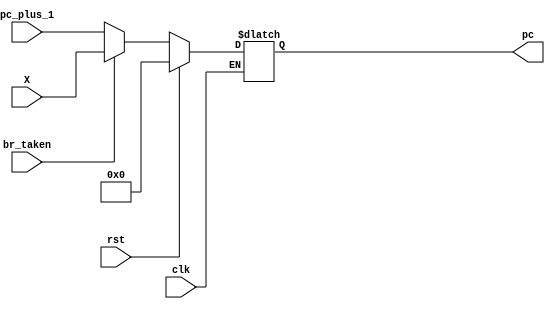
`timescale 1ns / 1ps
//////////////////////////////////////////////////////////////////////////////////
// Company: 
// Engineer: 
// 
// Design Name: 
// Module Name:    PC 
// Project Name: 
// Target Devices: 
// Tool versions: 
// Description: 
//
// Dependencies: 
//
// Revision: 
// Revision 0.01 - File Created
// Additional Comments: 
//
//////////////////////////////////////////////////////////////////////////////////
module PC(clk, br_taken, X, pc_plus_1, pc, rst);
	input clk;
	input br_taken;
	input rst;
	
	input [7:0] X;
	input [7:0] pc_plus_1;
	
	output [7:0] pc;
	
	reg [7:0] reg_pc;
	assign pc = reg_pc;
	
	// always @(*)
	// begin
		// if (rst == 1)
			// reg_pc <= 0;
	// end
	
	always @(*)
	begin
		if (clk) begin
			if (rst == 1)
				reg_pc = 0;
			else begin
				if (br_taken)
					reg_pc = X;
				else
					reg_pc = pc_plus_1;
			end
		end
	end
endmodule